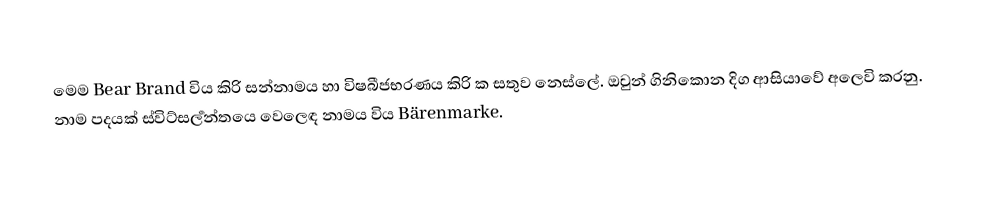
‍
මෙම Bear Brand විය කිරි සන්නාමය හා විෂබීජභරණය කිරි ක සතුව නෙස්ලේ. ඔවුන් ගිනිකොන දිග ආසියාවේ අලෙවි කරනු. නාම පදයක් ස්විට්සර්‍ලන්තයෙ වෙලෙඳ නාමය විය Bärenmarke.